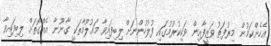
އެހެންކަމުން މިރުފަތު ވަޒީފާއިން ވަކިކުރުމުގައި ފުލުހުންނަށް ލިބިފައިވާ މައުލޫމާތަކީ ގާނޫނާ އެއްގޮތަށް ލިބިފައިވާ